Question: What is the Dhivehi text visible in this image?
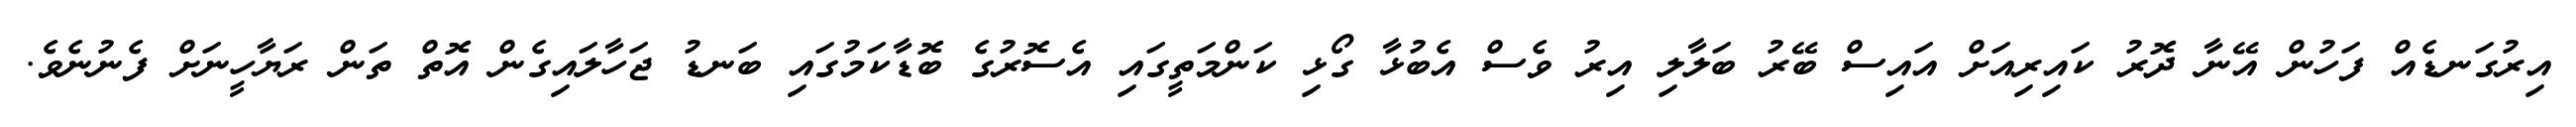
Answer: އިރުގަނޑެއް ފަހުން އޭނާ ދޮރު ކައިރިއަށް އައިސް ބޭރު ބަލާލި އިރު ވެސް އެބުޅާ ގޯޅި ކަންމަތީގައި އެސޮރުގެ ބޮޑާކަމުގައި ބަނޑު ޖަހާލައިގެން އޮތް ތަން ރަޔާހީނަށް ފެނުނެވެ.